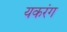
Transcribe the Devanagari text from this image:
यकरंग